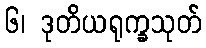
၆၊ ဒုတိယရုက္ခသုတ်